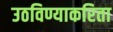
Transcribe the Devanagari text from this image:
उठविण्याकरिता